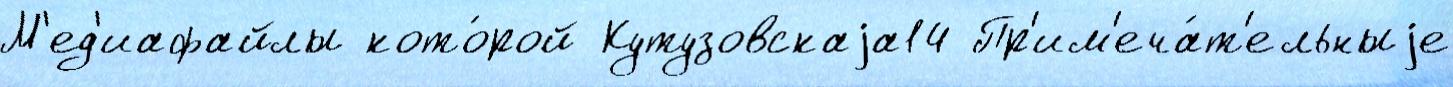
М'ед'иафайлы кото́рой Кутузовскаjа14 Пр'им'еча́т'ельныjе